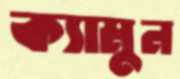
ক্যামুন